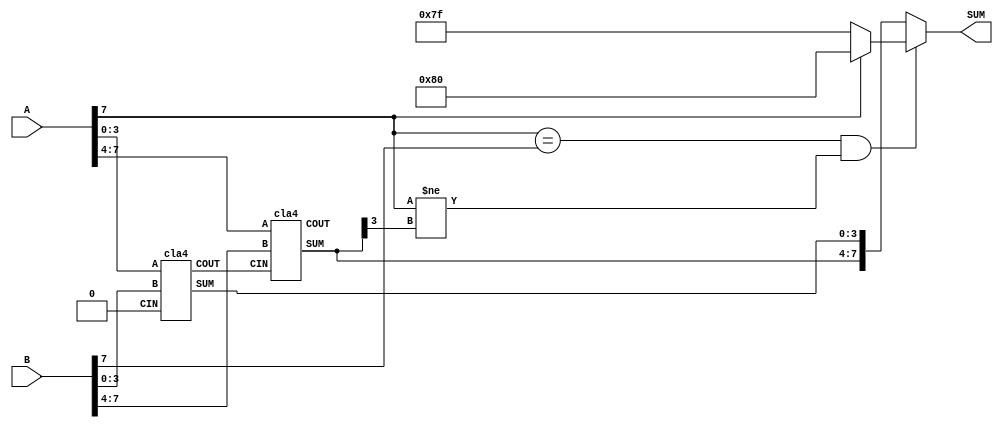
module adder8(A, B, SUM);
    input [7:0] A;
    input [7:0] B;
    output [7:0] SUM;

    // A saturating signed 8-bit integer Carry Look Ahead Adder
    wire [1:0] C;
    wire [7:0] int_sum;
    wire overflow;
    wire [7:0] sat_sum;
    cla4 cla1(.A(A[3:0]), .B(B[3:0]), .CIN(1'b0), .SUM(int_sum[3:0]), .COUT(C[0]));
    cla4 cla2(.A(A[7:4]), .B(B[7:4]), .CIN(C[0]), .SUM(int_sum[7:4]), .COUT(C[1]));

    // Overflow detection
    assign overflow = (A[7] == B[7]) & (A[7] != int_sum[7]);
    assign sat_sum = (A[7]) ? 8'b10000000 : 8'b01111111;
    assign SUM = (overflow) ? sat_sum : int_sum;

endmodule


module cla4(A, B, CIN, SUM, COUT);
    input [3:0] A;
    input [3:0] B;
    input CIN;
    output [3:0] SUM;
    output COUT;
    
    wire [3:0] G, P;
    wire [2:0] C;

    full_adder fa0(.a(A[0]), .b(B[0]), .cin(CIN), .sum(SUM[0]), .cout(C[0]));
    full_adder fa1(.a(A[1]), .b(B[1]), .cin(C[0]), .sum(SUM[1]), .cout(C[1]));
    full_adder fa2(.a(A[2]), .b(B[2]), .cin(C[1]), .sum(SUM[2]), .cout(C[2]));
    full_adder fa3(.a(A[3]), .b(B[3]), .cin(C[2]), .sum(SUM[3]), .cout());

    assign G[0] = A[0] & B[0];
    assign P[0] = A[0] | B[0];
    assign G[1] = A[1] & B[1];
    assign P[1] = A[1] | B[1];
    assign G[2] = A[2] & B[2];
    assign P[2] = A[2] | B[2];
    assign G[3] = A[3] & B[3];
    assign P[3] = A[3] | B[3];


    wire G_f;
    assign G_f = G[3] | (P[3] & (G[2] | (P[2] & (G[1] | (P[1] & G[0])))));

    assign COUT = G_f | ((P[0] & P[1] & P[2] & P[3]) & CIN);

endmodule



module full_adder(a,b,cin,sum,cout);
    input a,b,cin;
    output sum,cout;

    wire axorb;
    assign axorb = a ^ b;
    assign sum = axorb ^ cin;
    assign cout = (a & b) | (axorb & cin);

endmodule